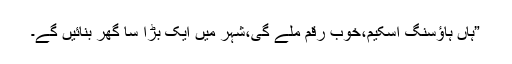
”ہاں ہاؤسنگ اسکیم،خوب رقم ملے گی،شہر میں ایک بڑا سا گھر بنائیں گے۔